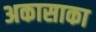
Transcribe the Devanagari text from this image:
अकासाका